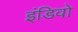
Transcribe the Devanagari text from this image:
इंडिवो